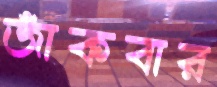
জাঁকবার